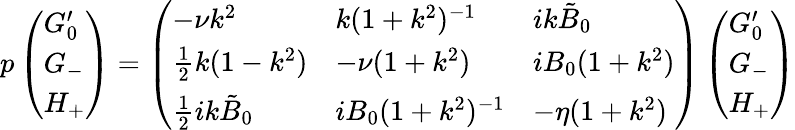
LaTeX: p\left(\begin{array}{l}{G_{0}^{\prime}}\\ {G_{-}}\\ {H_{+}}\end{array}\right)=\left(\begin{array}{lll}{-\nu k^{2}}&{k(1+k^{2})^{-1}}&{ik\tilde{B}_{0}}\\ {\frac{1}{2}k(1-k^{2})}&{-\nu(1+k^{2})}&{iB_{0}(1+k^{2})}\\ {\frac{1}{2}ik\tilde{B}_{0}}&{iB_{0}(1+k^{2})^{-1}}&{-\eta(1+k^{2})}\end{array}\right)\left(\begin{array}{l}{G_{0}^{\prime}}\\ {G_{-}}\\ {H_{+}}\end{array}\right)